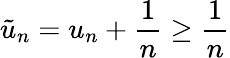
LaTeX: \tilde{u}_{n}=u_{n}+\frac{1}{n}\geq\frac{1}{n}